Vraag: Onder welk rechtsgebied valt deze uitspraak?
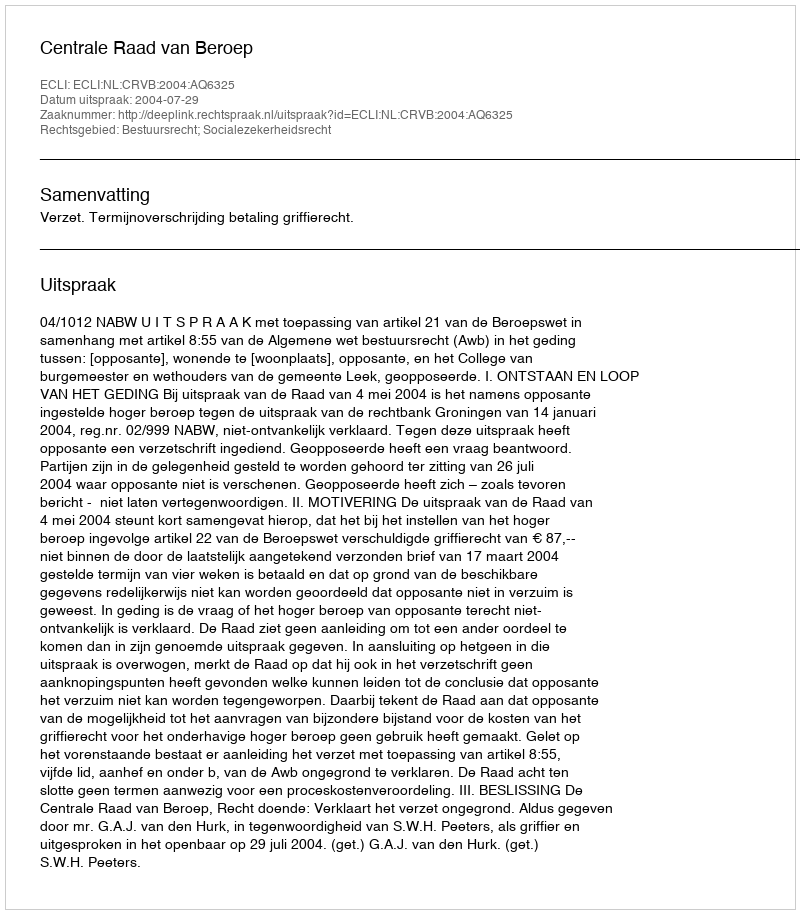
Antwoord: Bestuursrecht; Socialezekerheidsrecht